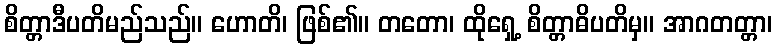
စိတ္တာဒီပတိမည်သည်။ ဟောတိ၊ ဖြစ်၏။ တတော၊ ထိုရှေ့ စိတ္တာဓိပတိမှ။ အာဂတတ္တာ၊